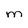
Character: m